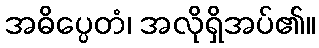
အဓိပ္ပေတံ၊ အလိုရှိအပ်၏။